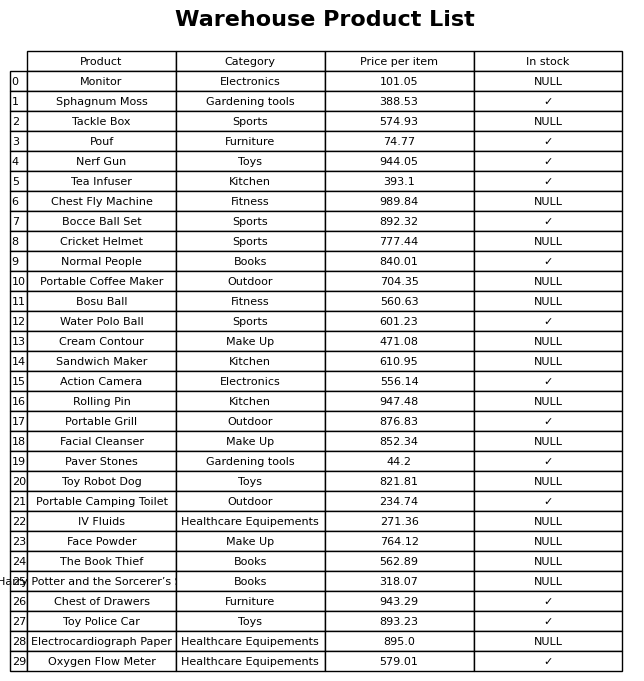
question: Which products are available in stock?
answer: Sphagnum Moss, Pouf, Nerf Gun, Tea Infuser, Bocce Ball Set, Normal People, Water Polo Ball, Action Camera, Portable Grill, Paver Stones, Portable Camping Toilet, Chest of Drawers, Toy Police Car, Oxygen Flow Meter